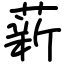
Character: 薪